Report on sanitation, dispensaries, and jails in Rajputana for 1915, and on vaccination for the year 1915-1916 - 1915-1916
Year: 1915
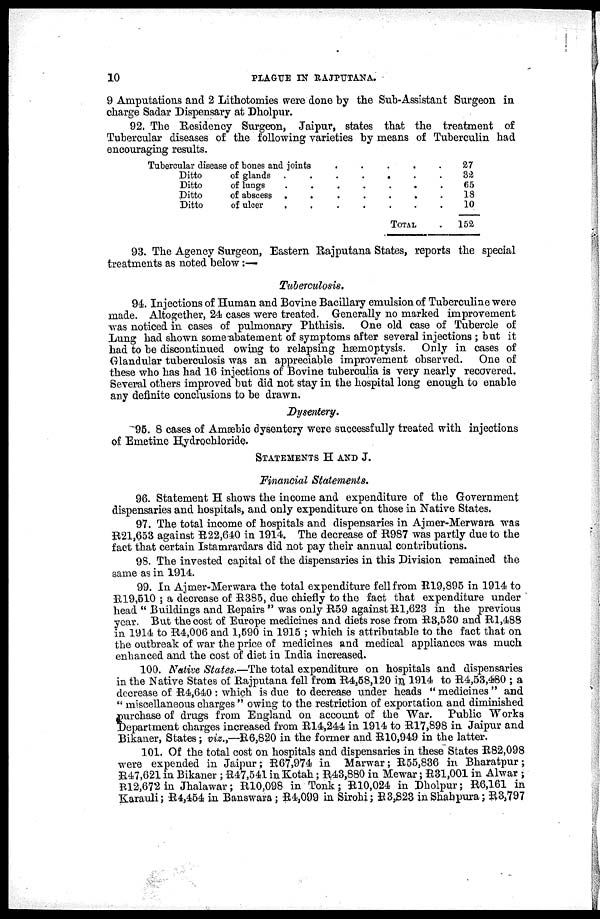
10
PIAGUE IN RAJPUTANA.
9 Amputations and 2 Lithotomies were done by the Sub-Assistant Surgeon in
charge Sadar Dispensary at Dholpur.
92. The Residency Surgeon, Jaipur, states that the treatment of
Tubercular diseases of the following varieties by means of Tuberculin had
encouraging results.
Tubercular disease of bones and joints
.
.
.
.
.
Ditto
of glands .
.
.
.
.
.
.
Ditto
of lungs
.
.
.
.
.
.
.
Ditto
of abscess .
.
.
.
.
.
.
Ditto
of ulcer
.
.
.
.
.
.
.
TOTAL.
27
32
65
18
10
152
93. The Agency Surgeon, Eastern Rajputana States, reports the special
treatments as noted below :—
Tuberculosis.
94. Injections of Human and Bovine Bacillary emulsion of Tuberculine were
made. Altogether, 24 cases were treated. Generally no marked improvement
was noticed in cases of pulmonary Phthisis. One old case of Tubercle of
Lung had shown some abatement of symptoms after several injections ; but it
had to be discontinued owing to relapsing hæmoptysis. Only in cases of
Glandular tuberculosis was an appreciable improvement observed. One of
these who has had 16 injections of Bovine tuberculia is very nearly recovered.
Several others improved but did not stay in the hospital long enough to enable
any definite conclusions to be drawn.
Dysentery.
95. 8 cases of Amæbic dysentery were successfully treated with injections
of Emetine Hydrochloride.
STATEMENTS H AND J.
Financial Statements.
96. Statement H shows the income and expenditure of the Government
dispensaries and hospitals, and only expenditure on those in Native States.
97. The total income of hospitals and dispensaries in Ajmer-Merwara was
R21,653 against R22,640 in 1914. The decrease of R987 was partly due to the
fact that certain Istamrardars did not pay their annual contributions.
98. The invested capital of the dispensaries in this Division remained the
same as in 1914.
99. In Ajmer-Merwara the total expenditure fell from R19,895 in 1914 to
R19,510 ; a decrease of R385, due chiefly to the fact that expenditure under
head " Buildings and Repairs " was only R59 against R1,623 in the previous
year. But the cost of Europe medicines and diets rose from R8,530 and R1,488
in 1914 to R4,006 and 1,590 in 1915 ; which is attributable to the fact that on
the outbreak of war the price of medicines and medical appliances was much
enhanced and the cost of diet in India increased.
100. Native States.—The total expenditure on hospitals and dispensaries
in the Native States of Rajputana fell from R4,68,120 in 1914 to R4,53,480 ; a
decrease of R4,640 : which is due to decrease under heads " medicines " and
" miscellaneous charges " owing to the restriction of exportation and diminished
purchase of drugs from England on account of the War. Public Works
Department charges increased from R14,244 in 1914 to R17,898 in Jaipur and
Bikaner, States; viz.,—R6,820 in the former and R10,949 in the latter.
101. Of the total cost on hospitals and dispensaries in these States R82,098
were expended in Jaipur; R67,974 in Marwar; R55,836 in Bharatpur;
R47,621 in Bikaner ; R47,541 in Kotah; R43,880 in Mewar; R31,001 in Alwar ;
R12,672 in Jhalawar; R10,098 in Tonk; R10,024 in Dholpur; R6,161 in
Karauli; R4,454 in Banswara; R4,099 in Sirohi; R3,823 in Shahpura; R3,797